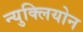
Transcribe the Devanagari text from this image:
न्युक्लियोन